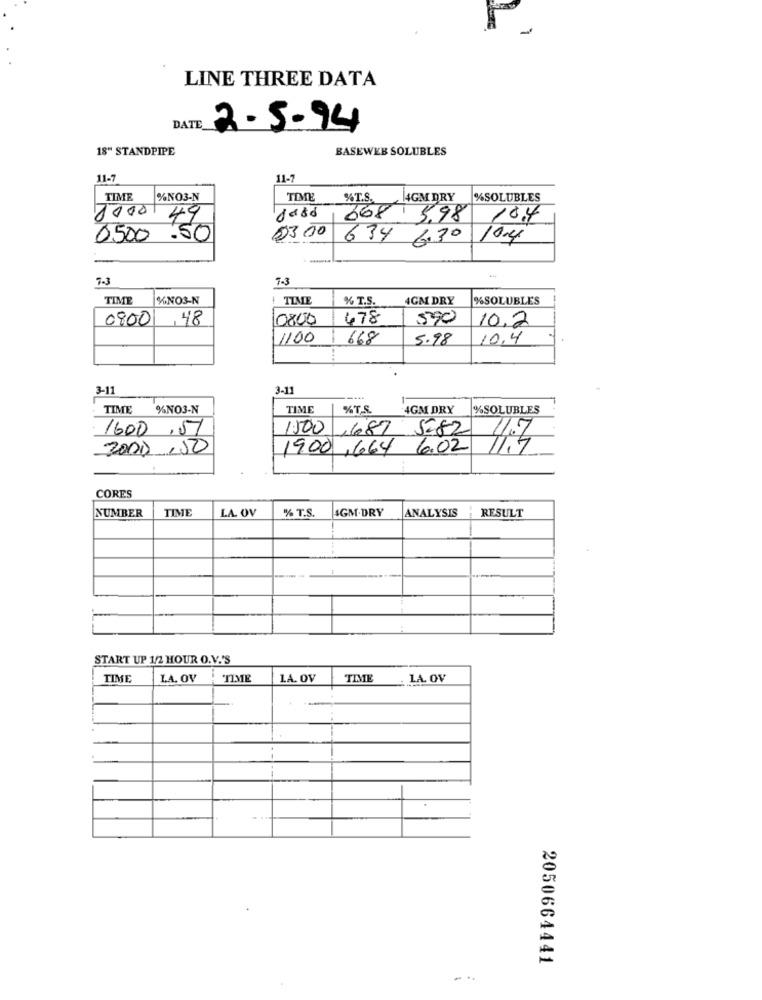
LINE THREE DATA
DATE
2.5.94
18" STANDPIPE
BASEWEB SOLUBLES
11-7
11-7
TIME
%NO3-N
6H 0002
TIME
%T.S.
AGM DRY
%SOLUBLES
0
668 5,98
10.4
03 00
0500.50
634 6.30
10.4
7.3
7-3
TIME
%NOS-N
TIME
% T.S.
AGM DRY
SOLUBLES
0900
,48
10800
478
590
10.2
1100
668
5.98
10.4
3-11
3-11
--...
TIME
%NO3-N
TIME
%T.S.
4GM DRY
%SOLUBLES
1600
,57
1500, 687 5282
2000 ,50
1900 ,664 6.02
41.3
CORES
NUMBER
TIME
LA OV
% T.S.
4GM-DRY
ANALYSIS
RESULT
START UP 1/2 HOUR O.V.'S
TIME
LA. OV
TIME
LA. OV
TIME
LA. OV
2050664441
...